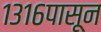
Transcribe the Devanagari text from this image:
१३१६पासून